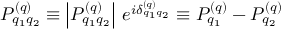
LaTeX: P _ { q _ { 1 } q _ { 2 } } ^ { ( q ) } \equiv \left| P _ { q _ { 1 } q _ { 2 } } ^ { ( q ) } \right| \, e ^ { i \delta _ { q _ { 1 } q _ { 2 } } ^ { ( q ) } } \equiv P _ { q _ { 1 } } ^ { ( q ) } - P _ { q _ { 2 } } ^ { ( q ) }